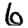
Digit: 6